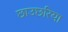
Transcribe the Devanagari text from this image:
छाउछरिया